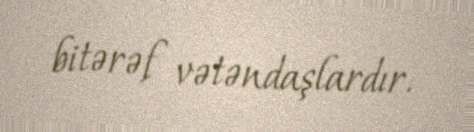
bitərəf vətəndaşlardır.